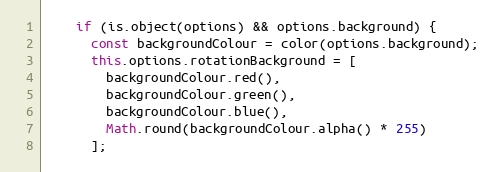
Language: JavaScript
    if (is.object(options) && options.background) {
      const backgroundColour = color(options.background);
      this.options.rotationBackground = [
        backgroundColour.red(),
        backgroundColour.green(),
        backgroundColour.blue(),
        Math.round(backgroundColour.alpha() * 255)
      ];